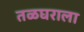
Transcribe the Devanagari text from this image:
तळघराला